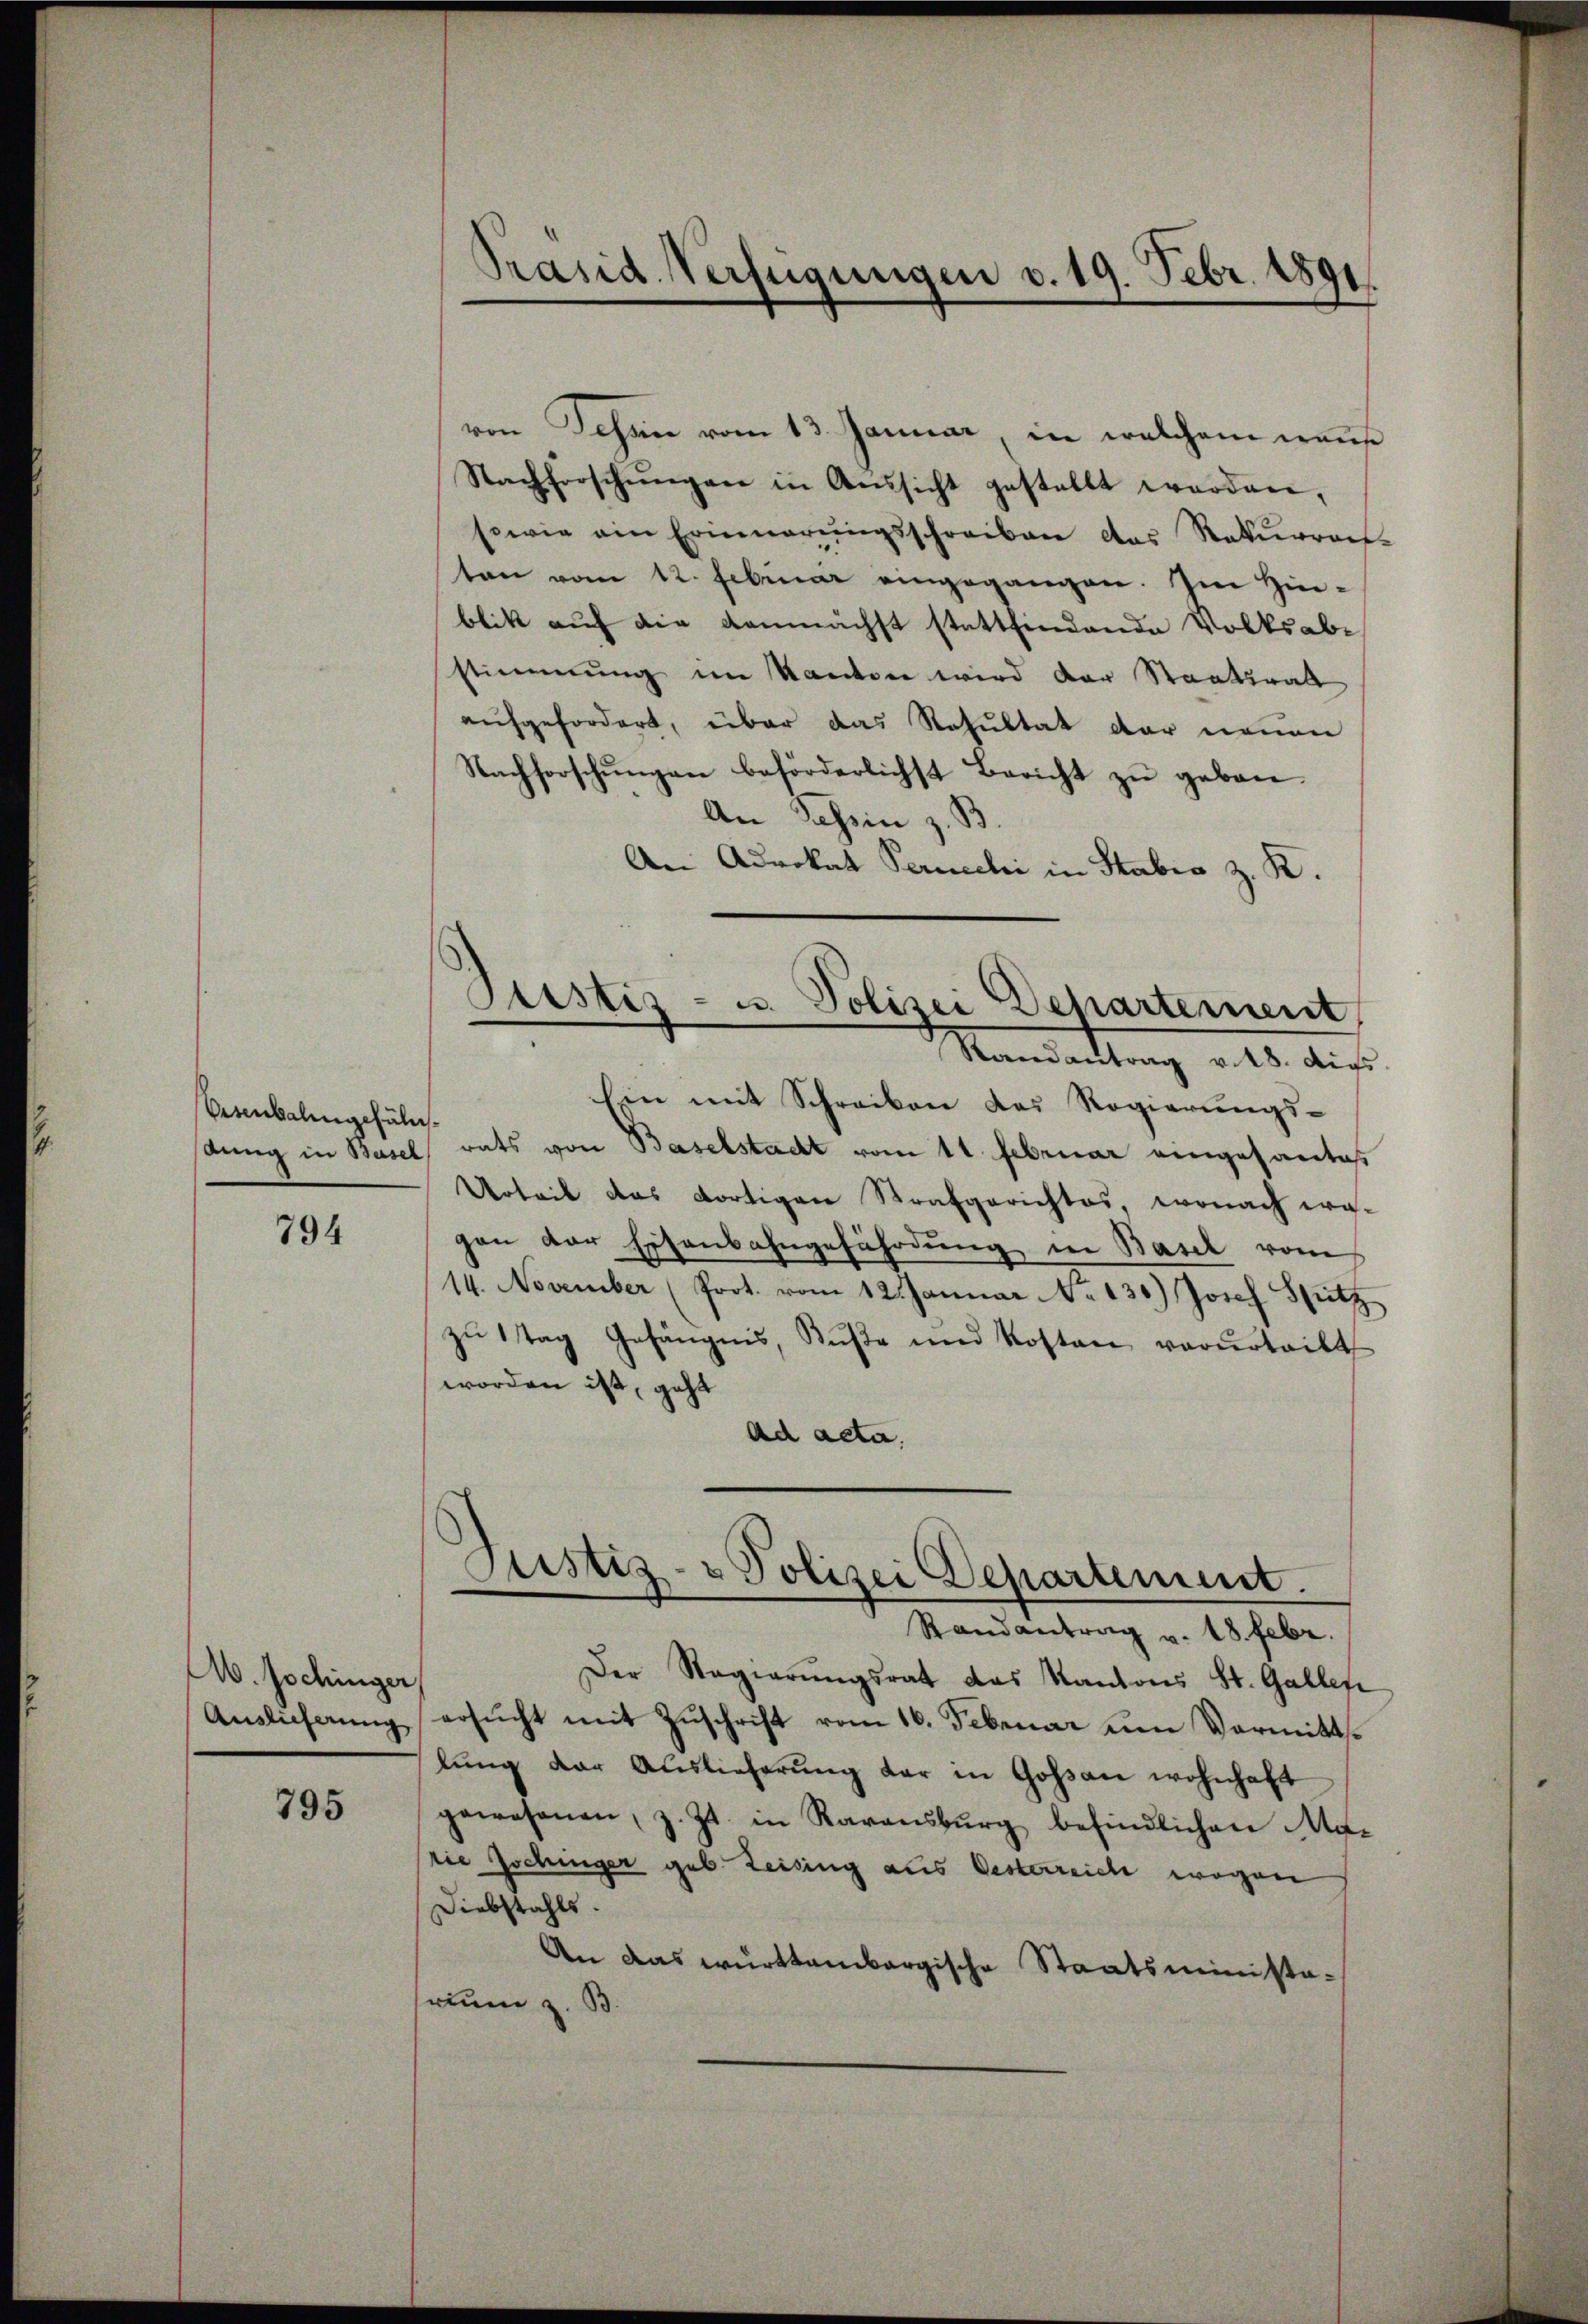
Osenbalingefäl¬

794

A. Jochinger
Auslicherung

795

Präsid Verfügungen v. 19. Febr. 1891.

von Tessin vom 13. Januar, in welchem wais
Nachforschŭngen in Aŭssicht gestellt worden,
sowie ein Erinnerŭngsschreiben das Rekŭrren-
ton vom 12. Februar eingegangen. Im Hinblik auf die demnächst stattfindende Volksabstimmung im Kanton wird der Staatsrat
aufgefordert, über das Resultat der neuen
Nachforschŭngen beförderlichst Bericht zŭ geben.
An Tessin z. B.
An Advokat Peruechi in Stabis z. K.
Justiz- u. Polizei Departement
—
Mandattung v. 18. Aus
Ein mit Schreiben das Regierungs-
wing in Basel rats von Baselstacht vom 11. Februar eingesantes
Urteil das dortigen Strafgerichtes, wonach wa-
gen der Eisenbahngefährdung in Basel vom
14. November (Prot. vom 12. Januar No 130.) Josef Spitz
zŭ 1 Tag Gefängnis, Rŭβe und Kosten verurteilt
worden ist, geht
ad acta,

Justiz- & Polizei Departement.
Randantrag v. 18. Febr.

Der Regierŭngsrat das Kantons St. Galles
ersucht mit Zuschrift vom 16. Februar um Vormittlŭng der Auslieferŭng der in Goßau wohnhaft
gewesenen, z. Zt. in Karansbŭrg befindlichen Ma-
die Jochinger geb. Zeising aus Oesterreich wegen
Diebstahls.
An das württembergische Staatsministarium z. B.